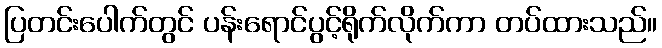
ပြတင်းပေါက်တွင် ပန်းရောင်ပွင့်ရိုက်လိုက်ကာ တပ်ထားသည်။